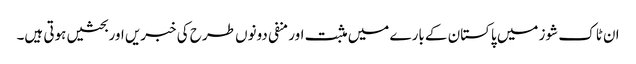
ان ٹاک شوز میں پاکستان کے بارے میں مثبت اور منفی دونوں طرح کی خبریں اور بحثیں ہوتی ہیں۔